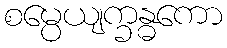
စမ္ပေယျက္ခန္ဓကော